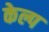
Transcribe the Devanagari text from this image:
केल्प